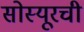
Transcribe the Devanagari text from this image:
सोस्यूरची